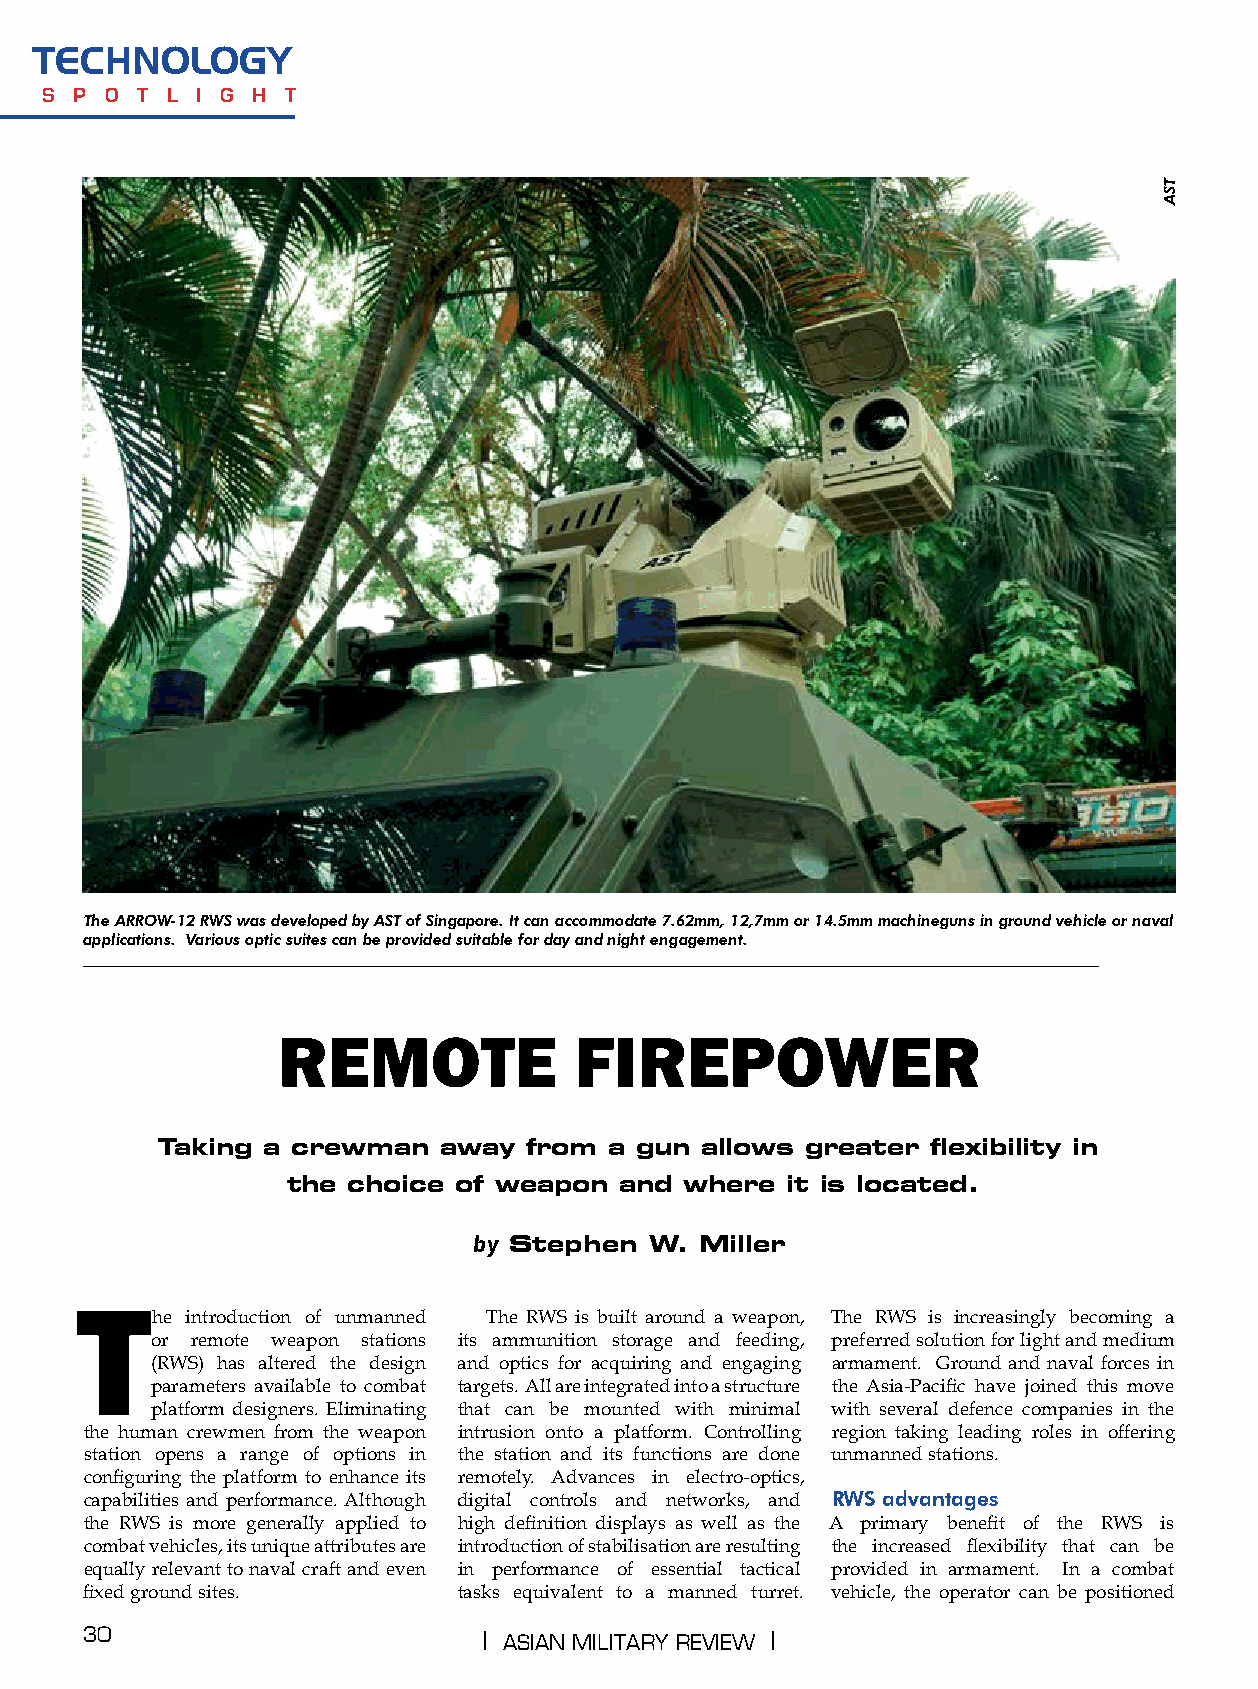
technology
 s p o t l i g h t
 The ARROW-12 RWS was developed by AST of Singapore. It can accommodate 7.62mm, 12,7mm or 14.5mm machineguns in ground vehicle or naval
 applications. Various optic suites can be provided suitable for day and night engagement.
 REMOTE              FIREPOWER
 Taking a crewman   away  from a gun allows greater  flexibility in
 the choice of weapon  and where  it is located.
 by Stephen  W. Miller
 The    introduction of unmanned The RWS is built around a weapon, The RWS is increasingly becoming a
 or remote weapon stations its ammunition storage and feeding, preferred solution for light and medium
 (RWS) has altered the design and optics for acquiring and engaging armament. Ground and naval forces in
 parameters available to combat targets. All are integrated into a structure the Asia-Pacific have joined this move
 platform designers. Eliminating that can be mounted with minimal with several defence companies in the
 the human crewmen from the weapon intrusion onto a platform. Controlling region taking leading roles in offering
 station opens a range of options in the station and its functions are done unmanned stations.
 configuring the platform to enhance its remotely. Advances in electro-optics,
 capabilities and performance. Although digital controls and networks, and RWS advantages
 the RWS is more generally applied to high definition displays as well as the A primary benefit of the RWS is
 combat vehicles, its unique attributes are introduction of stabilisation are resulting the increased flexibility that can be
 equally relevant to naval craft and even in performance of essential tactical provided in armament. In a combat
 fixed ground sites.     tasks equivalent to a manned turret. vehicle, the operator can be positioned
 30                         | AsiAn MilitAry review |
 TSA